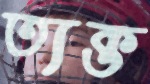
ত্যক্ত